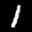
Label: 1